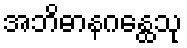
အဘိဓာနဂန္ထေသု